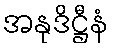
အနုဒိဋ္ဌီနံ